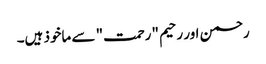
رحمن اور رحیم "رحمت" سے ماخوذ ہیں۔